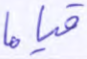
قياما